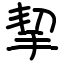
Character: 挈